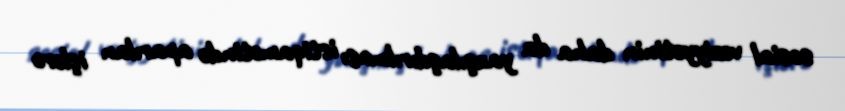
sosial vəziyyətinin daha da yaxşılaşdırılması istiqamətində aparılan işlərə